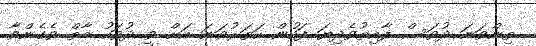
ތިންވަނަ ދުވަސް ފާއިތުވެދިޔަ ފަހުން ހަތަރުވަނަ އަށް ވީ ދުވަހު މާތް ވެގެންވާ